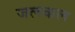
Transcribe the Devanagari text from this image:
जलकल